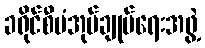
ခရိုင်စီမံအုပ်ချုပ်ရေးအဖွဲ့